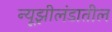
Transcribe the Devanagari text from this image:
न्यूझीलंडातील